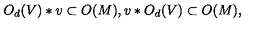
O _ { d } ( V ) * v \subset O ( M ) , v * O _ { d } ( V ) \subset O ( M ) ,